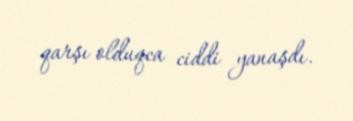
qarşı olduqca ciddi yanaşdı.